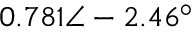
0 . 7 8 1 \angle - 2 . 4 6 ^ { \circ }